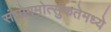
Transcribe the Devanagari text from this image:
संभोगमोत्सुकतेमध्ये